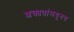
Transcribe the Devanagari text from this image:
शक्यतांमधूनच